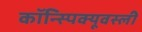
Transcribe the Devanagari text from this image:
कॉन्स्पिक्यूवस्ली